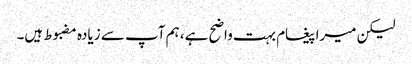
لیکن میرا پیغام بہت واضح ہے، ہم آپ سے زیادہ مضبوط ہیں۔